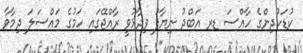
ކުޑަކުދިންގެ ހާއްސަ ޑރ އަބްދު ނިޔާފު ވިދާޅުވީ ރާއްޖޭގައި ހަމުގެ މައްސަލަ ދިމާވާ